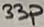
Text: 33p